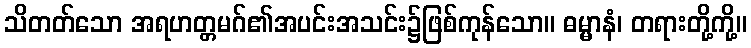
သိတတ်သော အရဟတ္တမဂ်၏အပင်းအသင်း၌ဖြစ်ကုန်သော။ ဓမ္မာနံ၊ တရားတို့ကို့။